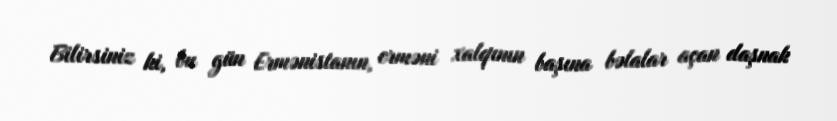
Bilirsiniz ki, bu gün Ermənistanın, erməni xalqının başına bəlalar açan daşnak